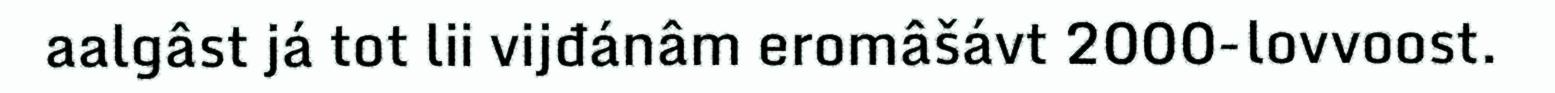
aalgâst já tot lii vijđánâm eromâšávt 2000‐lovvoost.